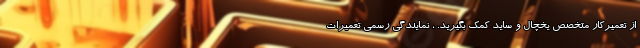
از تعمیرکار متخصص یخچال و ساید کمک بگیرید. ، نمایندگی رسمی تعمیرات